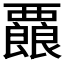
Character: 𮗇